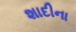
શાદીના